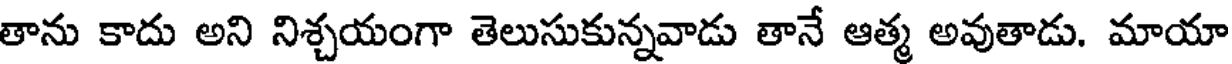
తాను కాదు అని నిశ్చయంగా తెలుసుకున్నవాడు తానే ఆత్మ అవుతాడు. మాయా